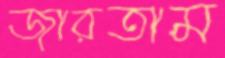
জারতাম